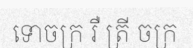
ទោចក្រ រឺ ត្រី ចក្រ